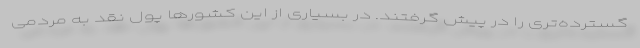
گسترده‌تری را در پیش گرفتند. در بسیاری از این کشورها پول نقد به مردمی